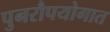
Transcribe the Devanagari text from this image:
पुनरौपयोगात